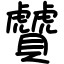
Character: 贙